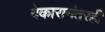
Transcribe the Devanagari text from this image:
देकारानंतरही